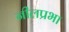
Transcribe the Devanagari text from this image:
नीलप्रभा